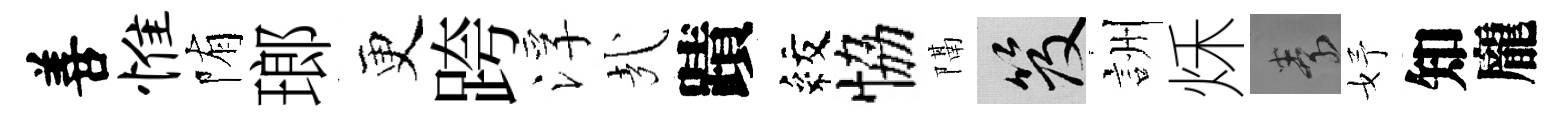
善惟陏瑯更跨浮㢤蹟紋恊隔笈詶秌素妤知龐